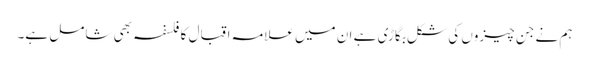
ہم نے جن چیزوں کی شکل بگاڑی ہے ان میں علامہ اقبال کا فلسفہ بھی شامل ہے۔